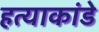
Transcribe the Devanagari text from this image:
हत्याकांडे